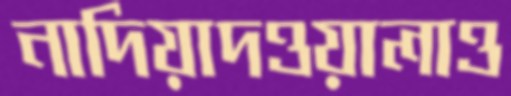
নাদিয়াদওয়ালাও